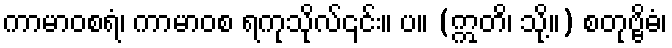
ကာမာဝစရံ၊ ကာမာဝစ ရကုသိုလ်၎င်း။ ပ။ (ဣတိ၊ သို့။) စတုဗ္ဗိဓံ၊